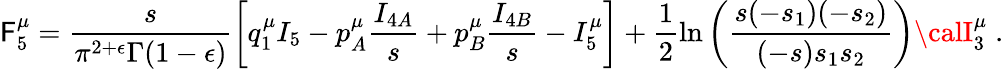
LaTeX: {\cal\mathsf{F}}_{5}^{\mu}=\frac{{s}}{{\pi^{2+\epsilon}\Gamma(1-\epsilon)}}\biggl[q_{1}^{\mu}I_{5}-p_{A}^{\mu}\frac{{I_{4A}}}{{s}}+p_{B}^{\mu}\frac{{I_{4B}}}{{s}}-I_{5}^{\mu}\biggr]+\frac{{1}}{{2}}\ln\left(\frac{{s(-s_{1})(-s_{2})}}{{(-s)s_{1}s_{2}}}\right){\calI}_{3}^{\mu}\; .